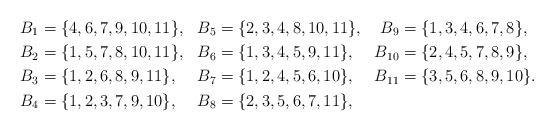
LaTeX: \begin{align*}B_{1} &= \{4,6,7,9,10,11\}, & B_{5} &= \{2,3,4,8,10,11\},& B_{9} &= \{1,3,4,6,7,8\}, \\B_{2} &= \{1,5,7,8,10,11\}, &B_{6} &= \{1,3,4,5,9,11\},& B_{10} &= \{2,4,5,7,8,9\}, \\B_{3} &= \{1,2,6,8,9,11\}, & B_{7} &= \{1,2,4,5,6,10\},& B_{11} &= \{3,5,6,8,9,10\}. \\B_{4} &= \{1,2,3,7,9,10\}, & B_{8} &= \{2,3,5,6,7,11\},\end{align*}